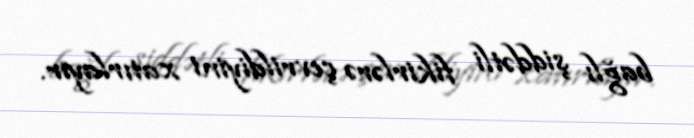
bağlı şiddətli fikirlərə çevrildiyini xatırlayır.